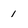
Character: 1